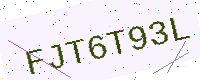
Text: FJT6T93L